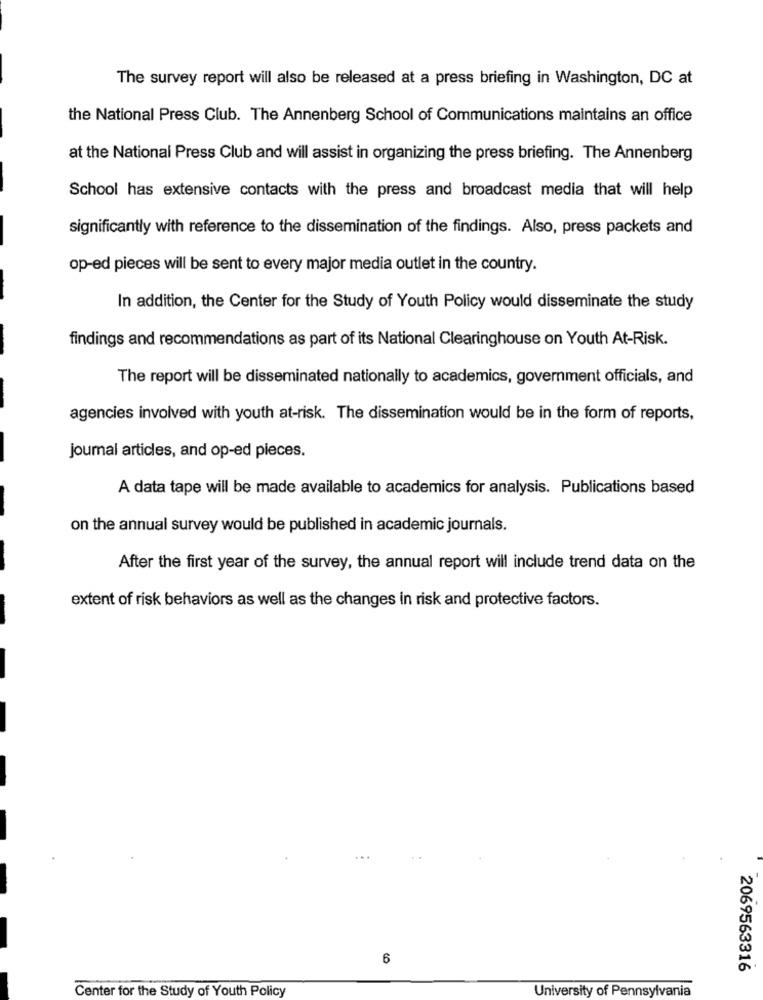
The survey report will also be released at a press briefing in Washington, DC at
the National Press Club. The Annenberg School of Communications maintains an office
at the National Press Club and will assist in organizing the press briefing. The Annenberg
School has extensive contacts with the press and broadcast media that will help
significantly with reference to the dissemination of the findings. Also, press packets and
op-ed pieces will be sent to every major media outlet in the country.
In addition, the Center for the Study of Youth Policy would disseminate the study
findings and recommendations as part of its National Clearinghouse on Youth At-Risk.
The report will be disseminated nationally to academics, government officials, and
agencies involved with youth at-risk. The dissemination would be in the form of reports,
journal articles, and op-ed pieces.
A data tape will be made available to academics for analysis. Publications based
on the annual survey would be published in academic journals.
After the first year of the survey, the annual report will include trend data on the
extent of risk behaviors as well as the changes in risk and protective factors.
6
2069563316
Center for the Study of Youth Policy
University of Pennsylvania